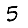
Digit: 5